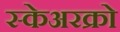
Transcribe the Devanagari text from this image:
स्केअरक्रो